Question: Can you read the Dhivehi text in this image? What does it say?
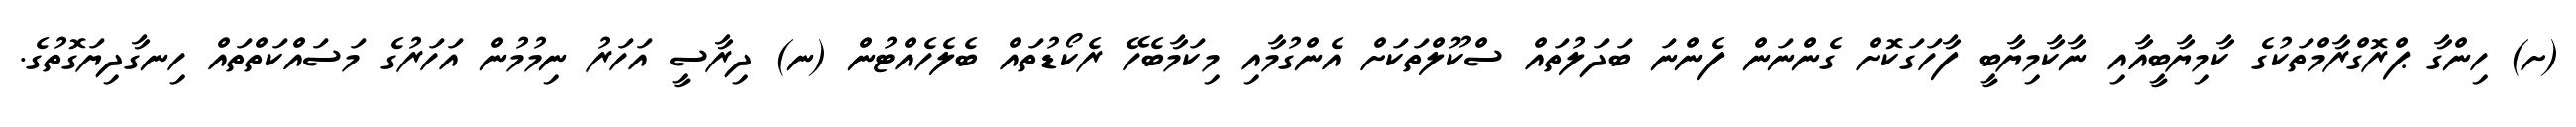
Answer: (ށ) ހިންގާ ޕްރޮގްރާމްތަކުގެ ކާމިޔާބީއާއި ނާކާމިޔާބީ ފާހަގަކޮށް ގެންނަން ފެންނަ ބަދަލުތައް ސްކޫލްތަކަށް އެންގުމާއި މިކަމާބެހޭ ރެކޯޑުތައް ބެލެހެއްޓުން (ނ) ދިރާސީ އަހަރު ނިމުމުން އަހަރުގެ މަސައްކަތްތައް ހިނގާދިޔަގޮތުގެ.